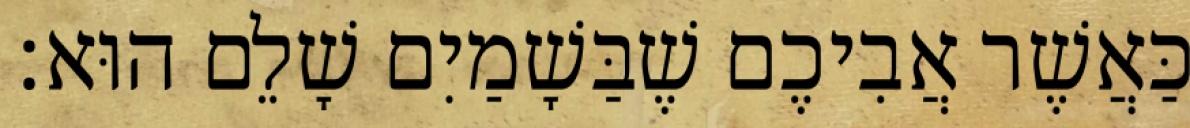
כַּאֲשֶׁר אֲבִיכֶם שֶׁבַּשָׁמַיִם שָׁלֵם הוּא׃